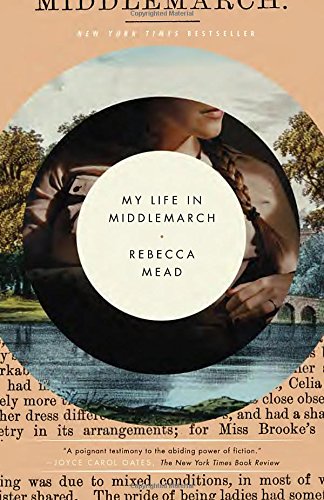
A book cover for My Life in Middlemarch; Rebecca Mead; Literature & Fiction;